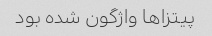
پیتزاها واژگون شده بود